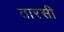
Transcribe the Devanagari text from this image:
तारसी